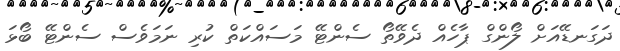
ދަގަނޑޭއަށް ލޯންގް ޕާހެއް ދެވޭތޯ ސެންޓޭ މަސައްކަތް ކުރި ނަމަވެސް ސެންޓޭ ބޯޅަ